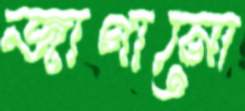
জাগানো